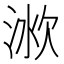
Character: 𣶛